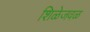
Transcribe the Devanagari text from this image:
शिळेजवळ